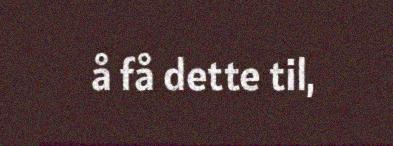
å få dette til,